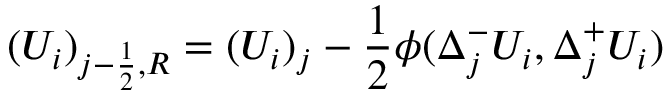
( U _ { i } ) _ { j - \frac { 1 } { 2 } , R } = ( U _ { i } ) _ { j } - \frac { 1 } { 2 } \phi ( \Delta _ { j } ^ { - } U _ { i } , \Delta _ { j } ^ { + } U _ { i } )